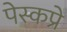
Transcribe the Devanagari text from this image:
पेस्कप्रे